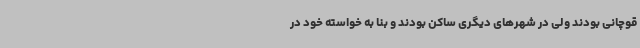
قوچانی بودند ولی در شهرهای دیگری ساکن بودند و بنا به خواسته خود در